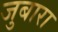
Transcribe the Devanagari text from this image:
जुबारा